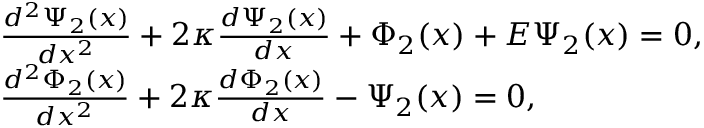
\begin{array} { r l } & { \frac { { { d ^ { 2 } } \Psi _ { 2 } ( x ) } } { { d { x ^ { 2 } } } } + 2 \kappa \frac { { d \Psi _ { 2 } ( x ) } } { { d x } } + \Phi _ { 2 } ( x ) + E \Psi _ { 2 } ( x ) = 0 , } \\ & { \frac { { { d ^ { 2 } } \Phi _ { 2 } ( x ) } } { { d { x ^ { 2 } } } } + 2 \kappa \frac { { d \Phi _ { 2 } ( x ) } } { { d x } } - \Psi _ { 2 } ( x ) = 0 , } \end{array}